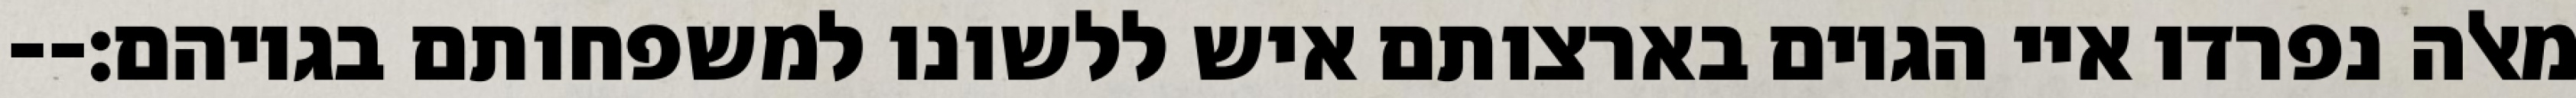
מאלה נפרדו איי הגוים בארצותם איש ללשונו למשפחותם בגויהם׃--